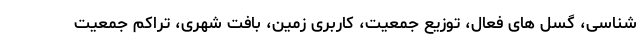
شناسی، گسل های فعال، توزیع جمعیت، کاربری زمین، بافت شهری، تراکم جمعیت